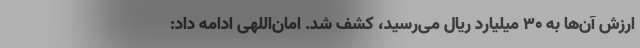
ارزش آن‌ها به ۳۰ میلیارد ریال می‌رسید، کشف شد. امان‌اللهی ادامه داد: